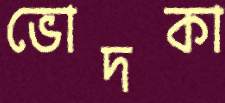
ভোদকা